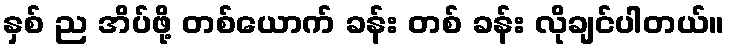
နှစ် ည အိပ်ဖို့ တစ်ယောက် ခန်း တစ် ခန်း လိုချင်ပါတယ်။